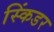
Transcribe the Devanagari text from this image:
स्किंडर